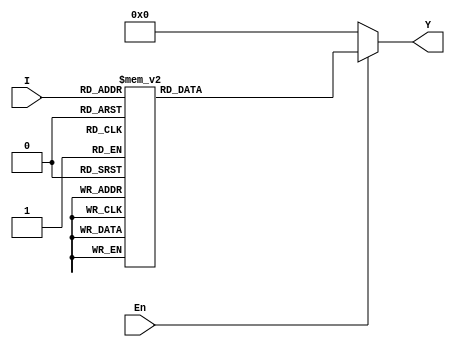
`timescale 1ns / 1ps
//////////////////////////////////////////////////////////////////////////////////
// Company: 
// Engineer: 
// 
// Design Name: 
// Module Name: DEC5T32E
// Project Name: 
// Target Devices: 
// Tool Versions: 
// Description: 
// 
// Dependencies: 
// 
// Revision:
// Revision 0.01 - File Created
// Additional Comments:
// 
//////////////////////////////////////////////////////////////////////////////////


module DEC5T32E(I,En,Y);
input [4:0] I;
input En;
output reg [31:0] Y;

/*
En=1
Y
*/

always @(*)
    if (En==1) begin
        case(I[4:0])
            5'b00000: Y[31:0]=32'b00_00000_00000_00000_00000_00000_00001;
            5'b00001: Y[31:0]=32'b00_00000_00000_00000_00000_00000_00010;
            5'b00010: Y[31:0]=32'b00_00000_00000_00000_00000_00000_00100;
            5'b00011: Y[31:0]=32'b00_00000_00000_00000_00000_00000_01000;
            5'b00100: Y[31:0]=32'b00_00000_00000_00000_00000_00000_10000;
            5'b00101: Y[31:0]=32'b00_00000_00000_00000_00000_00001_00000;
            5'b00110: Y[31:0]=32'b00_00000_00000_00000_00000_00010_00000;
            5'b00111: Y[31:0]=32'b00_00000_00000_00000_00000_00100_00000;
            5'b01000: Y[31:0]=32'b00_00000_00000_00000_00000_01000_00000;
            5'b01001: Y[31:0]=32'b00_00000_00000_00000_00000_10000_00000;
            5'b01010: Y[31:0]=32'b00_00000_00000_00000_00001_00000_00000;
            5'b01011: Y[31:0]=32'b00_00000_00000_00000_00010_00000_00000;
            5'b01100: Y[31:0]=32'b00_00000_00000_00000_00100_00000_00000;
            5'b01101: Y[31:0]=32'b00_00000_00000_00000_01000_00000_00000;
            5'b01110: Y[31:0]=32'b00_00000_00000_00000_10000_00000_00000;
            5'b01111: Y[31:0]=32'b00_00000_00000_00001_00000_00000_00000;
            5'b10000: Y[31:0]=32'b00_00000_00000_00010_00000_00000_00000;
            5'b10001: Y[31:0]=32'b00_00000_00000_00100_00000_00000_00000;
            5'b10010: Y[31:0]=32'b00_00000_00000_01000_00000_00000_00000;
            5'b10011: Y[31:0]=32'b00_00000_00000_10000_00000_00000_00000;
            5'b10100: Y[31:0]=32'b00_00000_00001_00000_00000_00000_00000;
            5'b10101: Y[31:0]=32'b00_00000_00010_00000_00000_00000_00000;
            5'b10110: Y[31:0]=32'b00_00000_00100_00000_00000_00000_00000;
            5'b10111: Y[31:0]=32'b00_00000_01000_00000_00000_00000_00000;
            5'b11000: Y[31:0]=32'b00_00000_10000_00000_00000_00000_00000;
            5'b11001: Y[31:0]=32'b00_00001_00000_00000_00000_00000_00000;
            5'b11010: Y[31:0]=32'b00_00010_00000_00000_00000_00000_00000;
            5'b11011: Y[31:0]=32'b00_00100_00000_00000_00000_00000_00000;
            5'b11100: Y[31:0]=32'b00_01000_00000_00000_00000_00000_00000;
            5'b11101: Y[31:0]=32'b00_10000_00000_00000_00000_00000_00000;
            5'b11110: Y[31:0]=32'b01_00000_00000_00000_00000_00000_00000;
            5'b11111: Y[31:0]=32'b10_00000_00000_00000_00000_00000_00000;
	endcase
    end

    else begin
        Y[31:0]=32'b00_00000_00000_00000_00000_00000_00000;
    end

/*

En[4:0]I
[31:0] Y


wire [2:0] A1;  //1/2 DEC2T4E[1:0] I
wire [1:0] A2;  //DEC3T8E[2:0] I
wire [3:0] Y_;  //1/2 DEC2T4E 74HC138E1
wire E2_,E3;    //DEC3T8E
wire [7:0] L0_; //DEC3T8E
wire [7:0] L1_;
wire [7:0] L2_;
wire [7:0] L3_;

assign E_  = 1'b0;
assign E2_ = 1'b0;
assign E3  = 1'b1;
//E_E2_0E31E1_Y_

genvar i;
for(i=2;i>=0;i=i-1) assign A1[i] = I[i];
for(i=4;i>=3;i=i-1) assign A2[i-3] = I[i];
//[4:0] B[2:0] A1[1:0] A2

DEC2T4E U(A2,E_,Y_);
DEC3T8E U0(A1,Y_[0],E2_,E3,L0_);
DEC3T8E U1(A1,Y_[1],E2_,E3,L1_);
DEC3T8E U2(A1,Y_[2],E2_,E3,L2_);
DEC3T8E U3(A1,Y_[3],E2_,E3,L3_);
//

//8'b11111111
assign L_ = {L3_[7:0], L2_[7:0], L1_[7:0], L0_[7:0]};
*/
endmodule